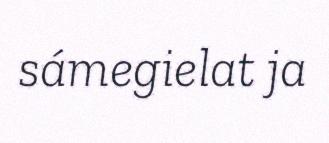
sámegielat ja